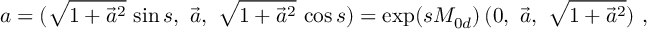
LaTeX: a = ( \sqrt { 1 + \vec { a } ^ { 2 } } \, \sin s , \ \vec { a } , \ \sqrt { 1 + \vec { a } ^ { 2 } } \, \cos s ) = \exp ( s M _ { 0 d } ) \, ( 0 , \ \vec { a } , \ \sqrt { 1 + \vec { a } ^ { 2 } } ) \ ,